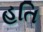
હતિ